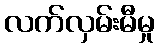
လက်လှမ်းမီမှု